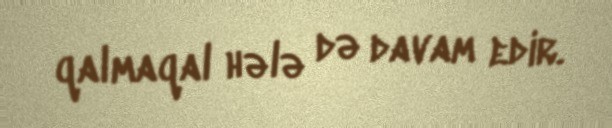
qalmaqal hələ də davam edir.